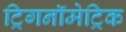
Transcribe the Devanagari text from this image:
ट्रिगनॉमेट्रिक